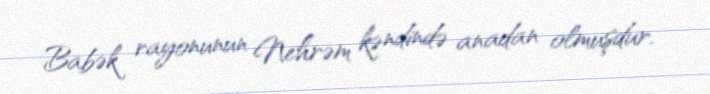
Babək rayonunun Nehrəm kəndində anadan olmuşdur.